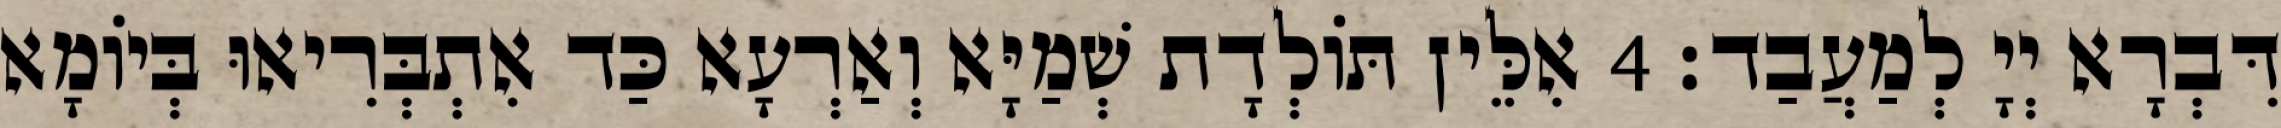
דִּבְרָא יְיָ לְמַעֲבַד׃ 4 אִלֵּין תּוֹלְדָת שְׁמַיָּא וְאַרְעָא כַּד אִתְבְּרִיאוּ בְּיוֹמָא